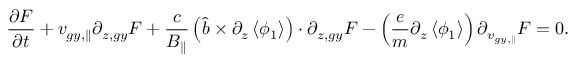
\frac { \partial F } { \partial t } + { v } _ { g y , \parallel } \partial _ { z , g y } F + \frac { c } { B _ { \parallel } } \left( \hat { b } \times \partial _ { z } \left< \phi _ { 1 } \right> \right) \boldsymbol { \cdot } \partial _ { z , g y } F - \left( \frac { e } { m } \partial _ { z } \left< \phi _ { 1 } \right> \right) \partial _ { v _ { g y , \parallel } } F = 0 .